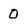
Character: 0